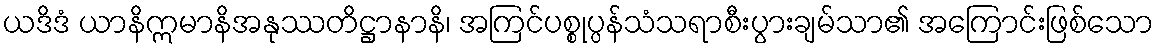
ယဒိဒံ ယာနိဣမာနိအနုဿတိဋ္ဌာနာနိ၊ အကြင်ပစ္စုပ္ပန်သံသရာစီးပွားချမ်သာ၏ အကြောင်းဖြစ်သော